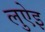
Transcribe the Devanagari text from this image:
लुऐइ